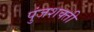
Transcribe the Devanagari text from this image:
पुंजशक्ती